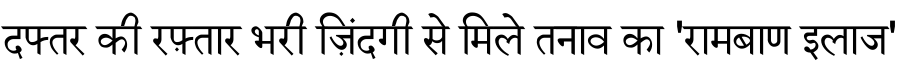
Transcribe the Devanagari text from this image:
दफ्तर की रफ़्तार भरी ज़िंदगी से मिले तनाव का 'रामबाण इलाज'